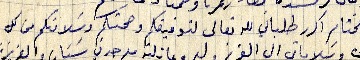
وفي الختام اكرر طلباتي لله تعالى لتوفيقكم وصحتكم وسلامتكم من كل